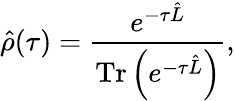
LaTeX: \hat{\rho}(\tau)=\frac{e^{-\tau\hat{L}}}{\operatorname{Tr}\left(e^{-\tau\hat{L}}\right)},